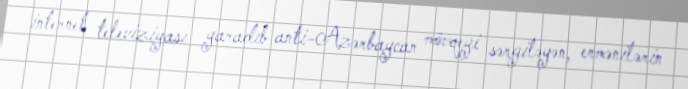
internet televiziyası yaradıb anti-Azərbaycan mövqeyi sərgiləyən, ermənilərin